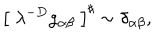
LaTeX: \left[ \; \lambda ^ { - D } g _ { \alpha \beta } \; \right] ^ { \sharp } \sim \delta _ { \alpha \beta } ,